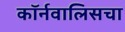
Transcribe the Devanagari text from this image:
कॉर्नवालिसचा